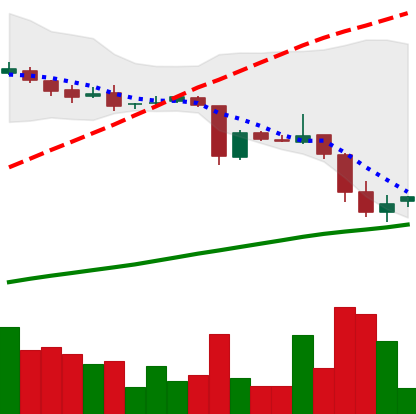
Ticker: DOGE-USD
Chart end date: 2018-10-20
Forward return: -18.326%
Label: down_7plus